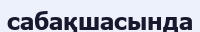
сабақшасында